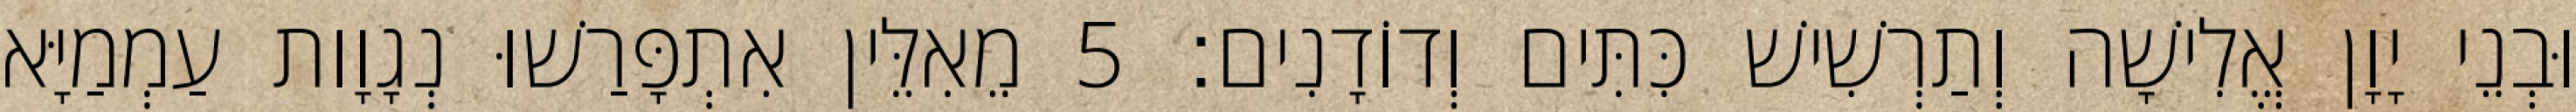
וּבְנֵי יָוָן אֱלִישָׁה וְתַרְשִׁישׁ כִּתִּים וְדוֹדָנִים׃ 5 מֵאִלֵּין אִתְפָּרַשׁוּ נְגָוָות עַמְמַיָּא